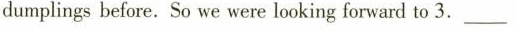
dumplings before. So we were looking forward to 3. ___